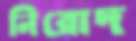
নিরোদ